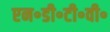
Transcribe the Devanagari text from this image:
एन॰डी॰टी॰वी॰